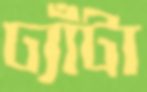
ঢ্যাঁটা